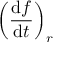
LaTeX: \left( { \frac { \mathrm { d } { \boldsymbol { f } } } { \mathrm { d } t } } \right) _ { r }